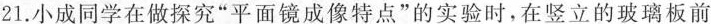
21.小成同学在做探究”平面镜成像特点”的实验时，在竖立的玻璃板前